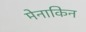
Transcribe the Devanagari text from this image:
मेनाकिन